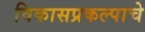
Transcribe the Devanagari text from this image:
विकासप्रकल्पाचे